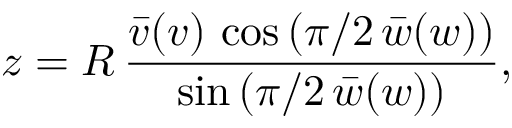
z = R \, \frac { \bar { v } ( v ) \, \cos \left( \pi / 2 \, \bar { w } ( w ) \right) } { \sin \left( \pi / 2 \, \bar { w } ( w ) \right) } ,